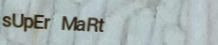
sUpEr MaRt